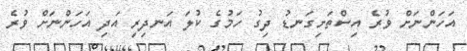
އަހަންނަށް ވުރެ އިސްތަށިގަނޑު ދިގު ހަމުގެ ކުލަ އަނދިރި އަދި އަހަންނަށް ވުރެ